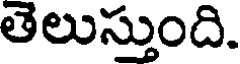
తెలుస్తుంది.